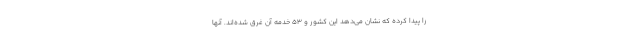
را پیدا کرده که نشان می‌دهد این کشور و 53 خدمه آن غرق شده‌اند. آنها